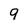
Character: 9